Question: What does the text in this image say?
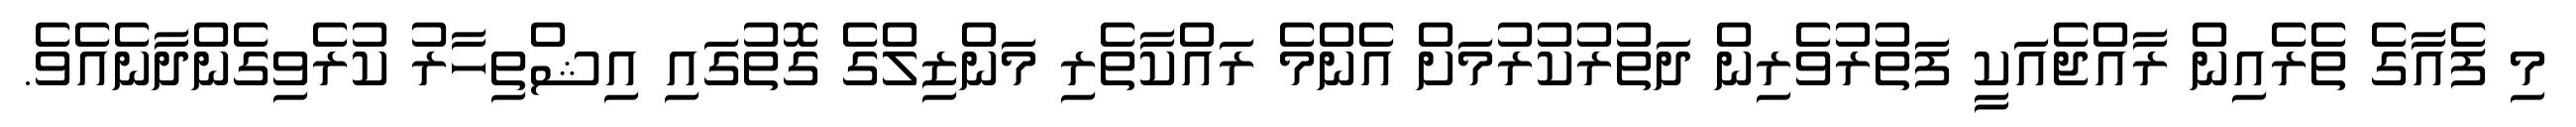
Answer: މި ފެއާގެ ތެރެއިން ރާއްޖެއަކީ ފަތުރުވެރިން ދަތުރުކުރުމަށް އެންމެ ރައްކާތެރި މަންޒިލްގެ ގޮތުގައި އިޝްތިހާރު ކުރެވިގެންދާނެއެވެ.